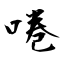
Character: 啳